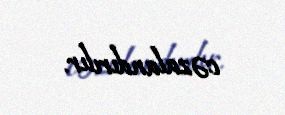
cəzalandırılır.